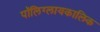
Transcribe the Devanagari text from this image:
पॉलिग्लायकालिक